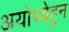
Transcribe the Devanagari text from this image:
अयोध्येहुन